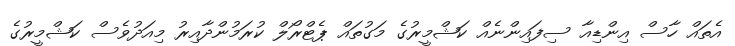
އެތައް ހާސް އިންޑިއާ ސިފައިންނެއް ކަޝްމީރުގެ މަގުތައް ޕެޓްރޯލް ކުރަމުންދާއިރު މިއަދުވެސް ކަޝްމީރުގެ